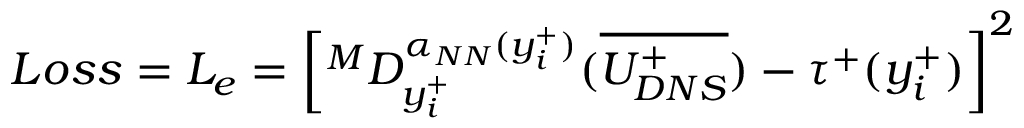
L o s s = L _ { e } = \left[ ^ M D _ { y _ { i } ^ { + } } ^ { \alpha _ { N N } ( y _ { i } ^ { + } ) } ( \overline { { U _ { D N S } ^ { + } } } ) - \tau ^ { + } ( y _ { i } ^ { + } ) \right] ^ { 2 }